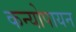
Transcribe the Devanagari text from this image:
कन्योपायन